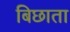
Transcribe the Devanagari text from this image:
बिछाता